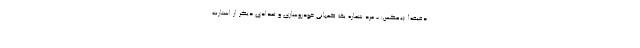
دقیقه! (+عکس) - مرد شماره یک کمپانی خودروسازی و تعدادی دیگر از استارت